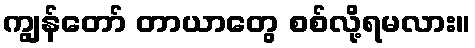
ကျွန်တော် တာယာတွေ စစ်လို့ရမလား။